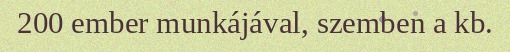
200 ember munkájával, szemben a kb.